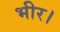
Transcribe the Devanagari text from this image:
भीर।